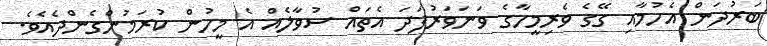
ބަރުދަން އެހުމާއި ގޭގެ ވެެރިމީހާގެ ވަނަވަރުފަދަ އެތައް ސުވާލެއް އެ މީހުން ކުރަމުންގެންދެއެވެ.